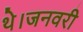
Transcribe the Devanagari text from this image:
थे।जनवरी